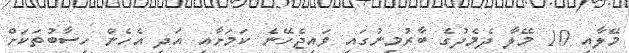
މޭލާއި 10 މޭލާ ދެމެދުގެ ބާރުމިނުގައި ވައިޖެހޭނެ ކަަމަށާއި އަދި އެހެން ހިސާބުތަކަށް